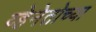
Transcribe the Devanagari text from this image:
व्हेनेतोच्या